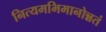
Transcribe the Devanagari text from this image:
नित्यमभिमानोन्नतं